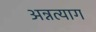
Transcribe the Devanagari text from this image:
अन्नत्याग